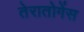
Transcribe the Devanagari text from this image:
तेरातोगेंस